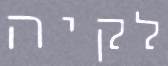
לקיה